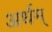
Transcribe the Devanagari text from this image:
अर्धम्